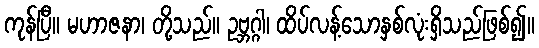
ကုန်ပြီ။ မဟာဇနာ၊ တို့သည်။ ဥဗ္ဘဂ္ဂါ၊ ထိပ်လန့်သောနှစ်လုံးရှိသည်ဖြစ်၍။